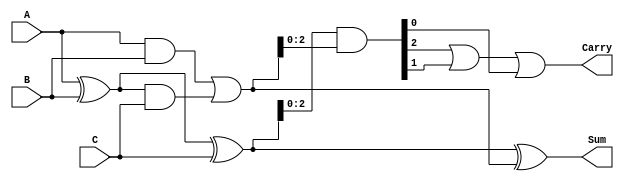
module ModifiedCarrySaveAdder (
    input [3:0] A,    // First operand
    input [3:0] B,    // Second operand
    input [3:0] C,    // Third operand
    output [3:0] Sum, // Final sum output
    output Carry      // Final carry output
);
    wire [3:0] P1, P2, C1, C2;

    // Partial sums and carries using half adders and full adders
    assign P1 = A ^ B; // Partial Sum 1
    assign C1 = A & B; // Partial Carry 1

    // Adding the third operand
    assign P2 = P1 ^ C; // Partial Sum 2
    assign C2 = P1 & C; // Partial Carry 2

    // Combining carries
    wire [3:0] CarrySave;
    assign CarrySave = C1 | C2; // Final carry save from partial carries

    // Final Sum and Carry calculation
    wire [3:0] FinalCarry;
    wire [3:0] FinalSum;
    
    // Final sum calculation with carry save logic
    assign FinalSum = P2 ^ CarrySave; // Final Sum
    assign FinalCarry = (P2 & CarrySave) << 1; // Shift carries for alignment

    // Final result
    assign Sum = FinalSum; // Output sum
    assign Carry = FinalCarry[3] | FinalCarry[2] | FinalCarry[1] | FinalCarry[0]; // Final carry output

endmodule